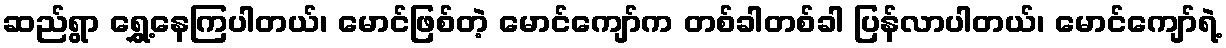
ဆည်ရွာ ရွှေ့နေကြပါတယ်၊ မောင်ဖြစ်တဲ့ မောင်ကျော်က တစ်ခါတစ်ခါ ပြန်လာပါတယ်၊ မောင်ကျော်ရဲ့